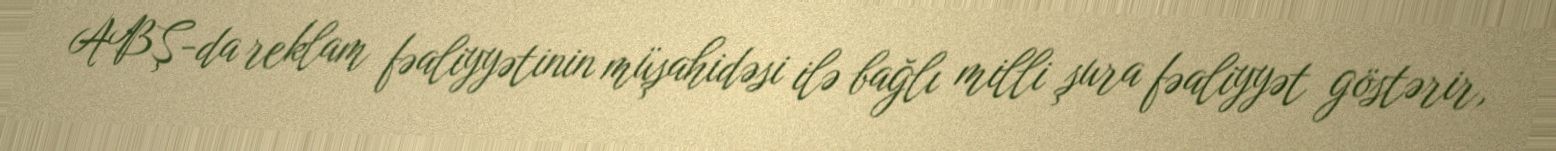
ABŞ-da reklam fəaliyyətinin müşahidəsi ilə bağlı milli şura fəaliyyət göstərir,